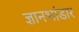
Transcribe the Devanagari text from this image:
ज्ञानभांडार